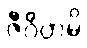
ဇီဝိတမ္ပိ